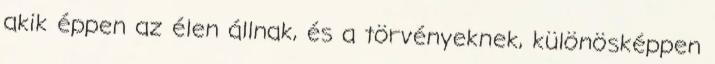
akik éppen az élen állnak, és a törvényeknek, különösképpen